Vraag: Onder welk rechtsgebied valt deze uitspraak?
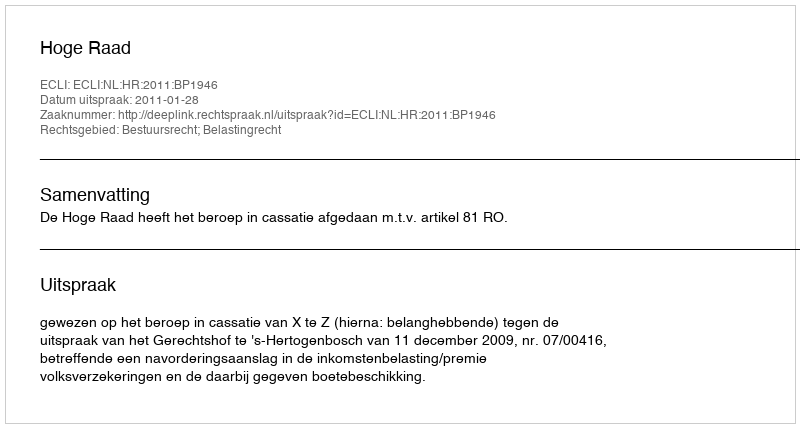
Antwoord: Bestuursrecht; Belastingrecht